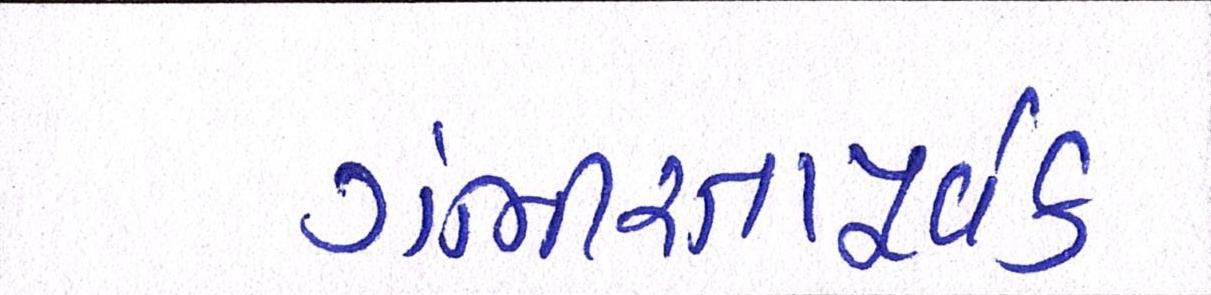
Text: ગંભીરતાપૂર્વક